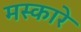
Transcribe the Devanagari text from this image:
मस्कारे